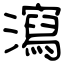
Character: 瀉